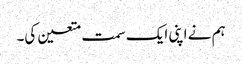
ہم نے اپنی ایک سمت متعین کی۔